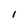
Character: 1